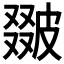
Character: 𤿵